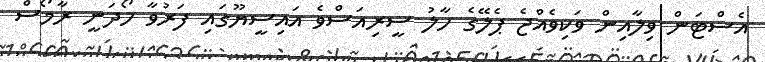
އެސްޓަން ވިލާއިން ވަކިވެއްޖެ ޕެލޭގެ ހާލު ސީރިއަސްވެ އައިސީޔޫގައި ފަރުވާ ހޯދަނީ ރާމޯސް